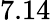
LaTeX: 7.14